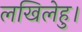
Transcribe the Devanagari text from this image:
लखिलेहु।